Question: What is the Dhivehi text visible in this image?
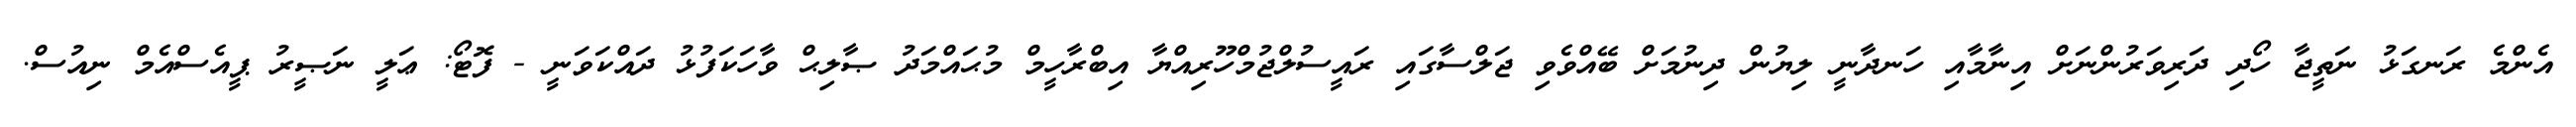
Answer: އެންމެ ރަނގަޅު ނަތީޖާ ހޯދި ދަރިވަރުންނަށް އިނާމާއި ހަނދާނީ ލިޔުން ދިނުމަށް ބޭއްވެވި ޖަލްސާގައި ރައީސުލްޖުމްހޫރިއްޔާ އިބްރާހީމް މުޙައްމަދު ޞާލިޙް ވާހަކަފުޅު ދައްކަވަނީ - ފޮޓޯ: ޢަލީ ނަޞީރު ޕީއެސްއެމް ނިއުސް.